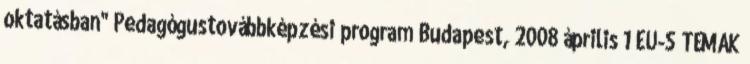
oktatásban" Pedagógustovábbképzési program Budapest, 2008 április 1 EU-S TÉMÁK